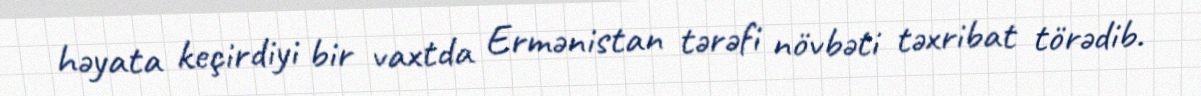
həyata keçirdiyi bir vaxtda Ermənistan tərəfi növbəti təxribat törədib.